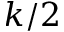
k / 2